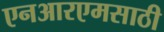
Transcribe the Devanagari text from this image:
एनआरएमसाठी